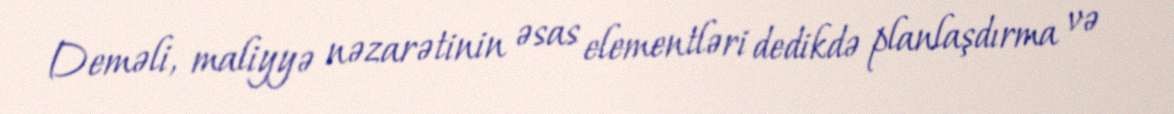
Deməli, maliyyə nəzarətinin əsas elementləri dedikdə planlaşdırma və